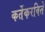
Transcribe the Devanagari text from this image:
कर्तेकरविते